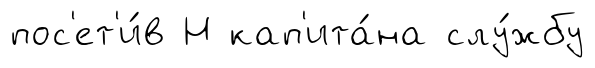
пос'ет'и́в Н кап'ита́на слу́жбу